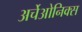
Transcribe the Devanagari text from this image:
अर्चेओनिक्स